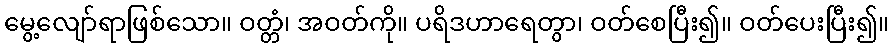
မွေ့လျော်ရာဖြစ်သော။ ဝတ္တံ၊ အဝတ်ကို။ ပရိဒဟာရေတွာ၊ ဝတ်စေပြီး၍။ ဝတ်ပေးပြီး၍။